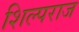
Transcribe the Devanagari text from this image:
शिल्पराज